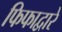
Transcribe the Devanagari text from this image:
फिफाद्वारे